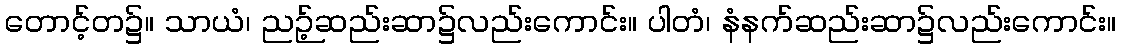
တောင့်တ၌။ သာယံ၊ ညဉ့်ဆည်းဆာ၌လည်းကောင်း။ ပါတံ၊ နံနက်ဆည်းဆာ၌လည်းကောင်း။